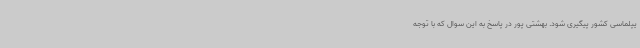
یپلماسی کشور پیگیری شود. بهشتی پور در پاسخ به این سوال که با توجه